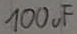
Text: 100uF